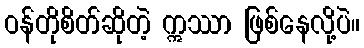
ဝန်တိုစိတ်ဆိုတဲ့ ဣဿာ ဖြစ်နေလို့ပဲ။